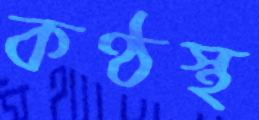
কণ্ঠস্থ